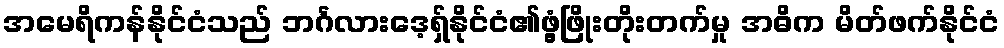
အမေရိကန်နိုင်ငံသည် ဘင်္ဂလားဒေ့ရှ်နိုင်ငံ၏ဖွံ့ဖြိုးတိုးတက်မှု အဓိက မိတ်ဖက်နိုင်ငံ